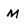
Character: M